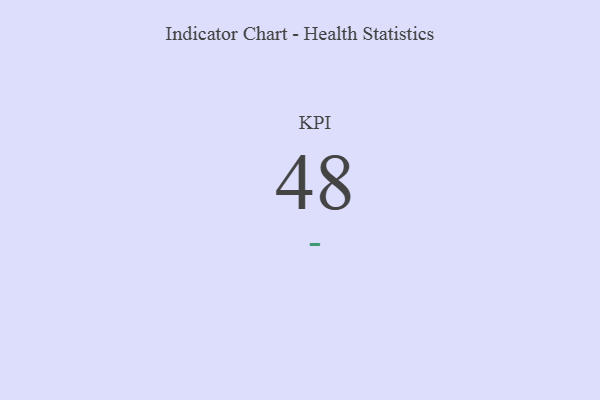
{"axis": {"x": "KPI", "y": "Value"}, "legend": [""], "data": [{"x": "KPI", "y": 48, "type": ""}]}